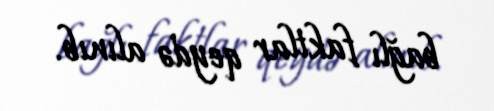
bağlı faktlar qeydə alınıb.